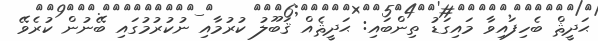
ޙަދީޘް ބެހިފައިވާ މައިގަޑު ތިންބައި: ޙަދީޘެއް ޤަބޫލު ކުރުމާއި ނުކުރުމުގައި ބޭނުން ކުރެވޭ